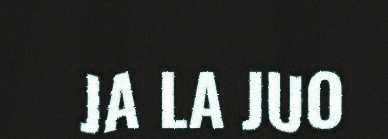
JA LA JUO